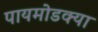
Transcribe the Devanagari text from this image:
पायमोडक्या